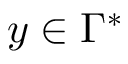
y \in \Gamma ^ { * }